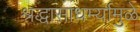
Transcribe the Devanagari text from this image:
श्रद्धासाधर्म्यामुळे